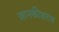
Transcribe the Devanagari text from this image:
जानकीशरण